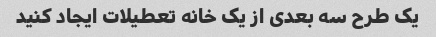
یک طرح سه بعدی از یک خانه تعطیلات ایجاد کنید